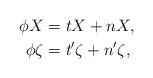
LaTeX: \begin{align*} \phi X&=tX+nX,\\\phi \zeta&=t'\zeta+n'\zeta, \end{align*}